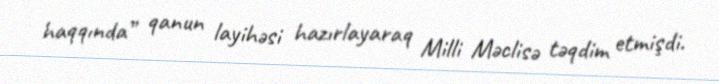
haqqında” qanun layihəsi hazırlayaraq Milli Məclisə təqdim etmişdi.